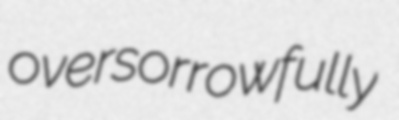
oversorrowfully